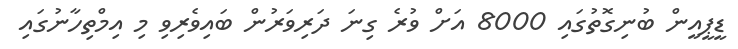
ޑީޕީއީން ބުނިގޮތުގައި 8000 އަށް ވުރެ ގިނަ ދަރިވަރުން ބައިވެރިވި މި އިމްތިހާނުގައި